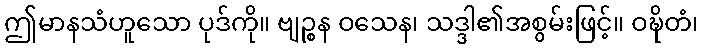
ဤမာနသံဟူသော ပုဒ်ကို။ ဗျဉ္စန ဝသေန၊ သဒ္ဒါ၏အစွမ်းဖြင့်။ ဝဍ္ဎိတံ၊